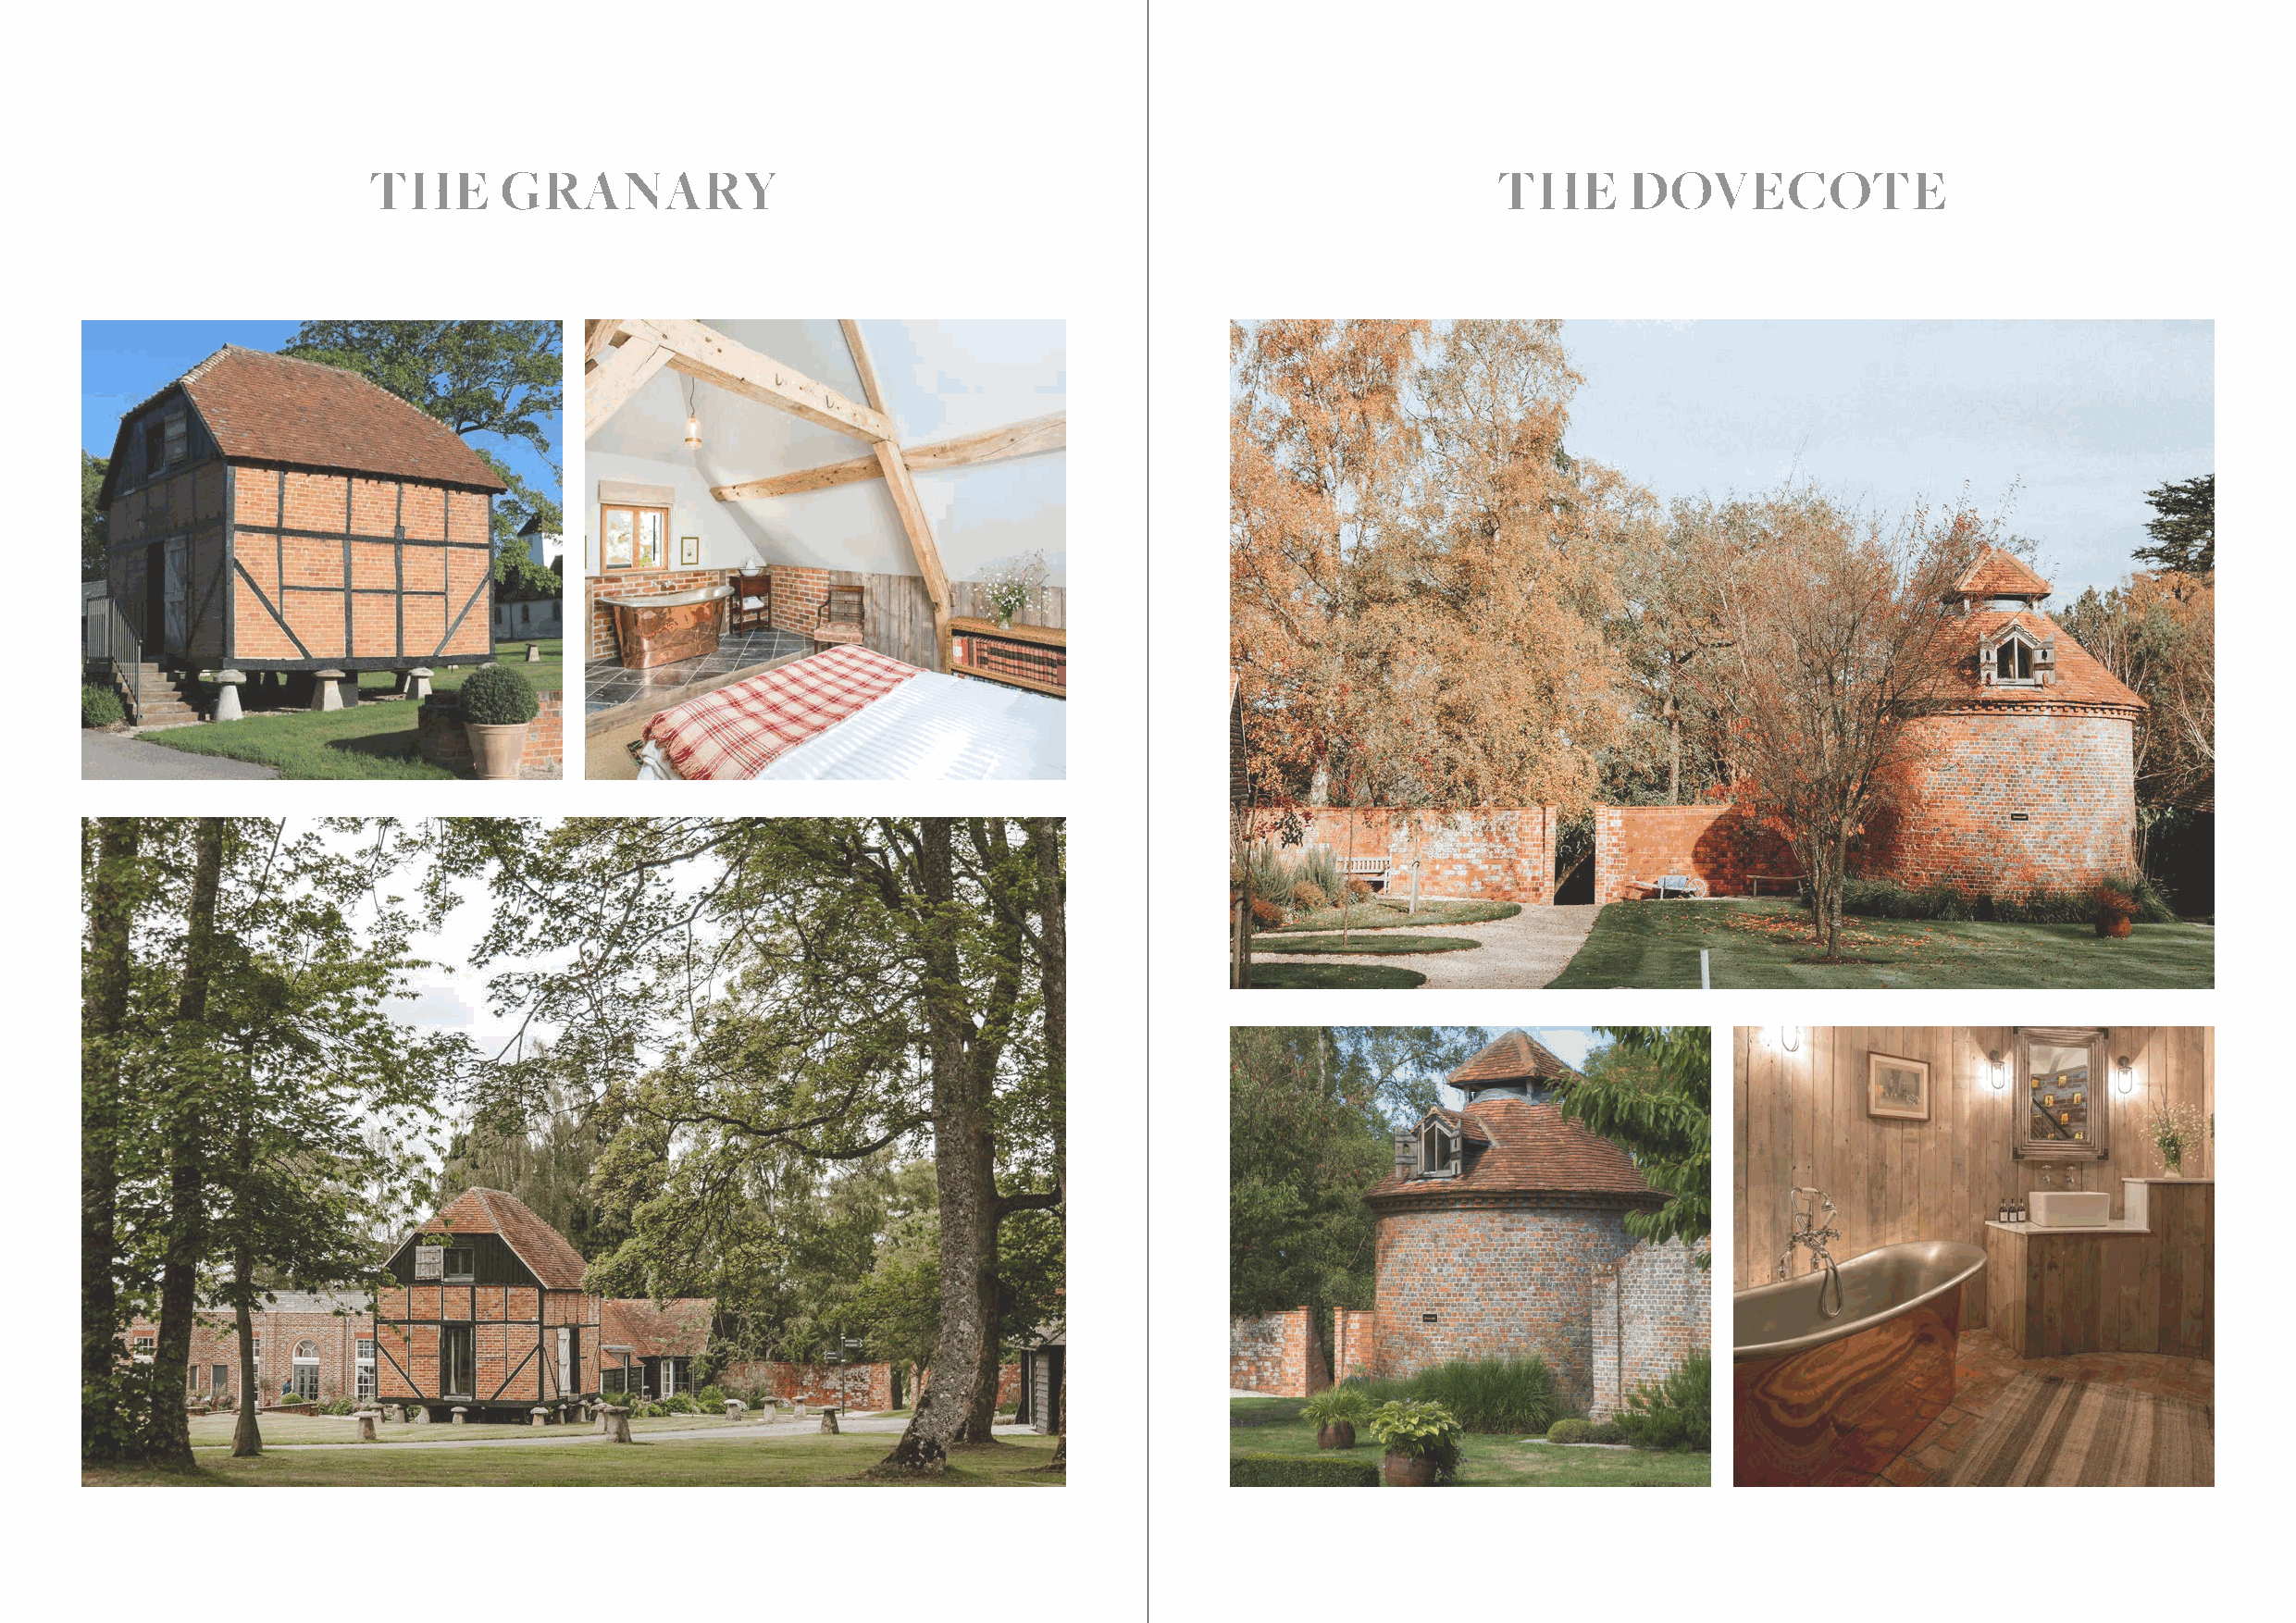
THE       GRANARY                                                                THE      DOVECOTE